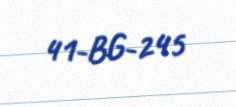
41-BG-245